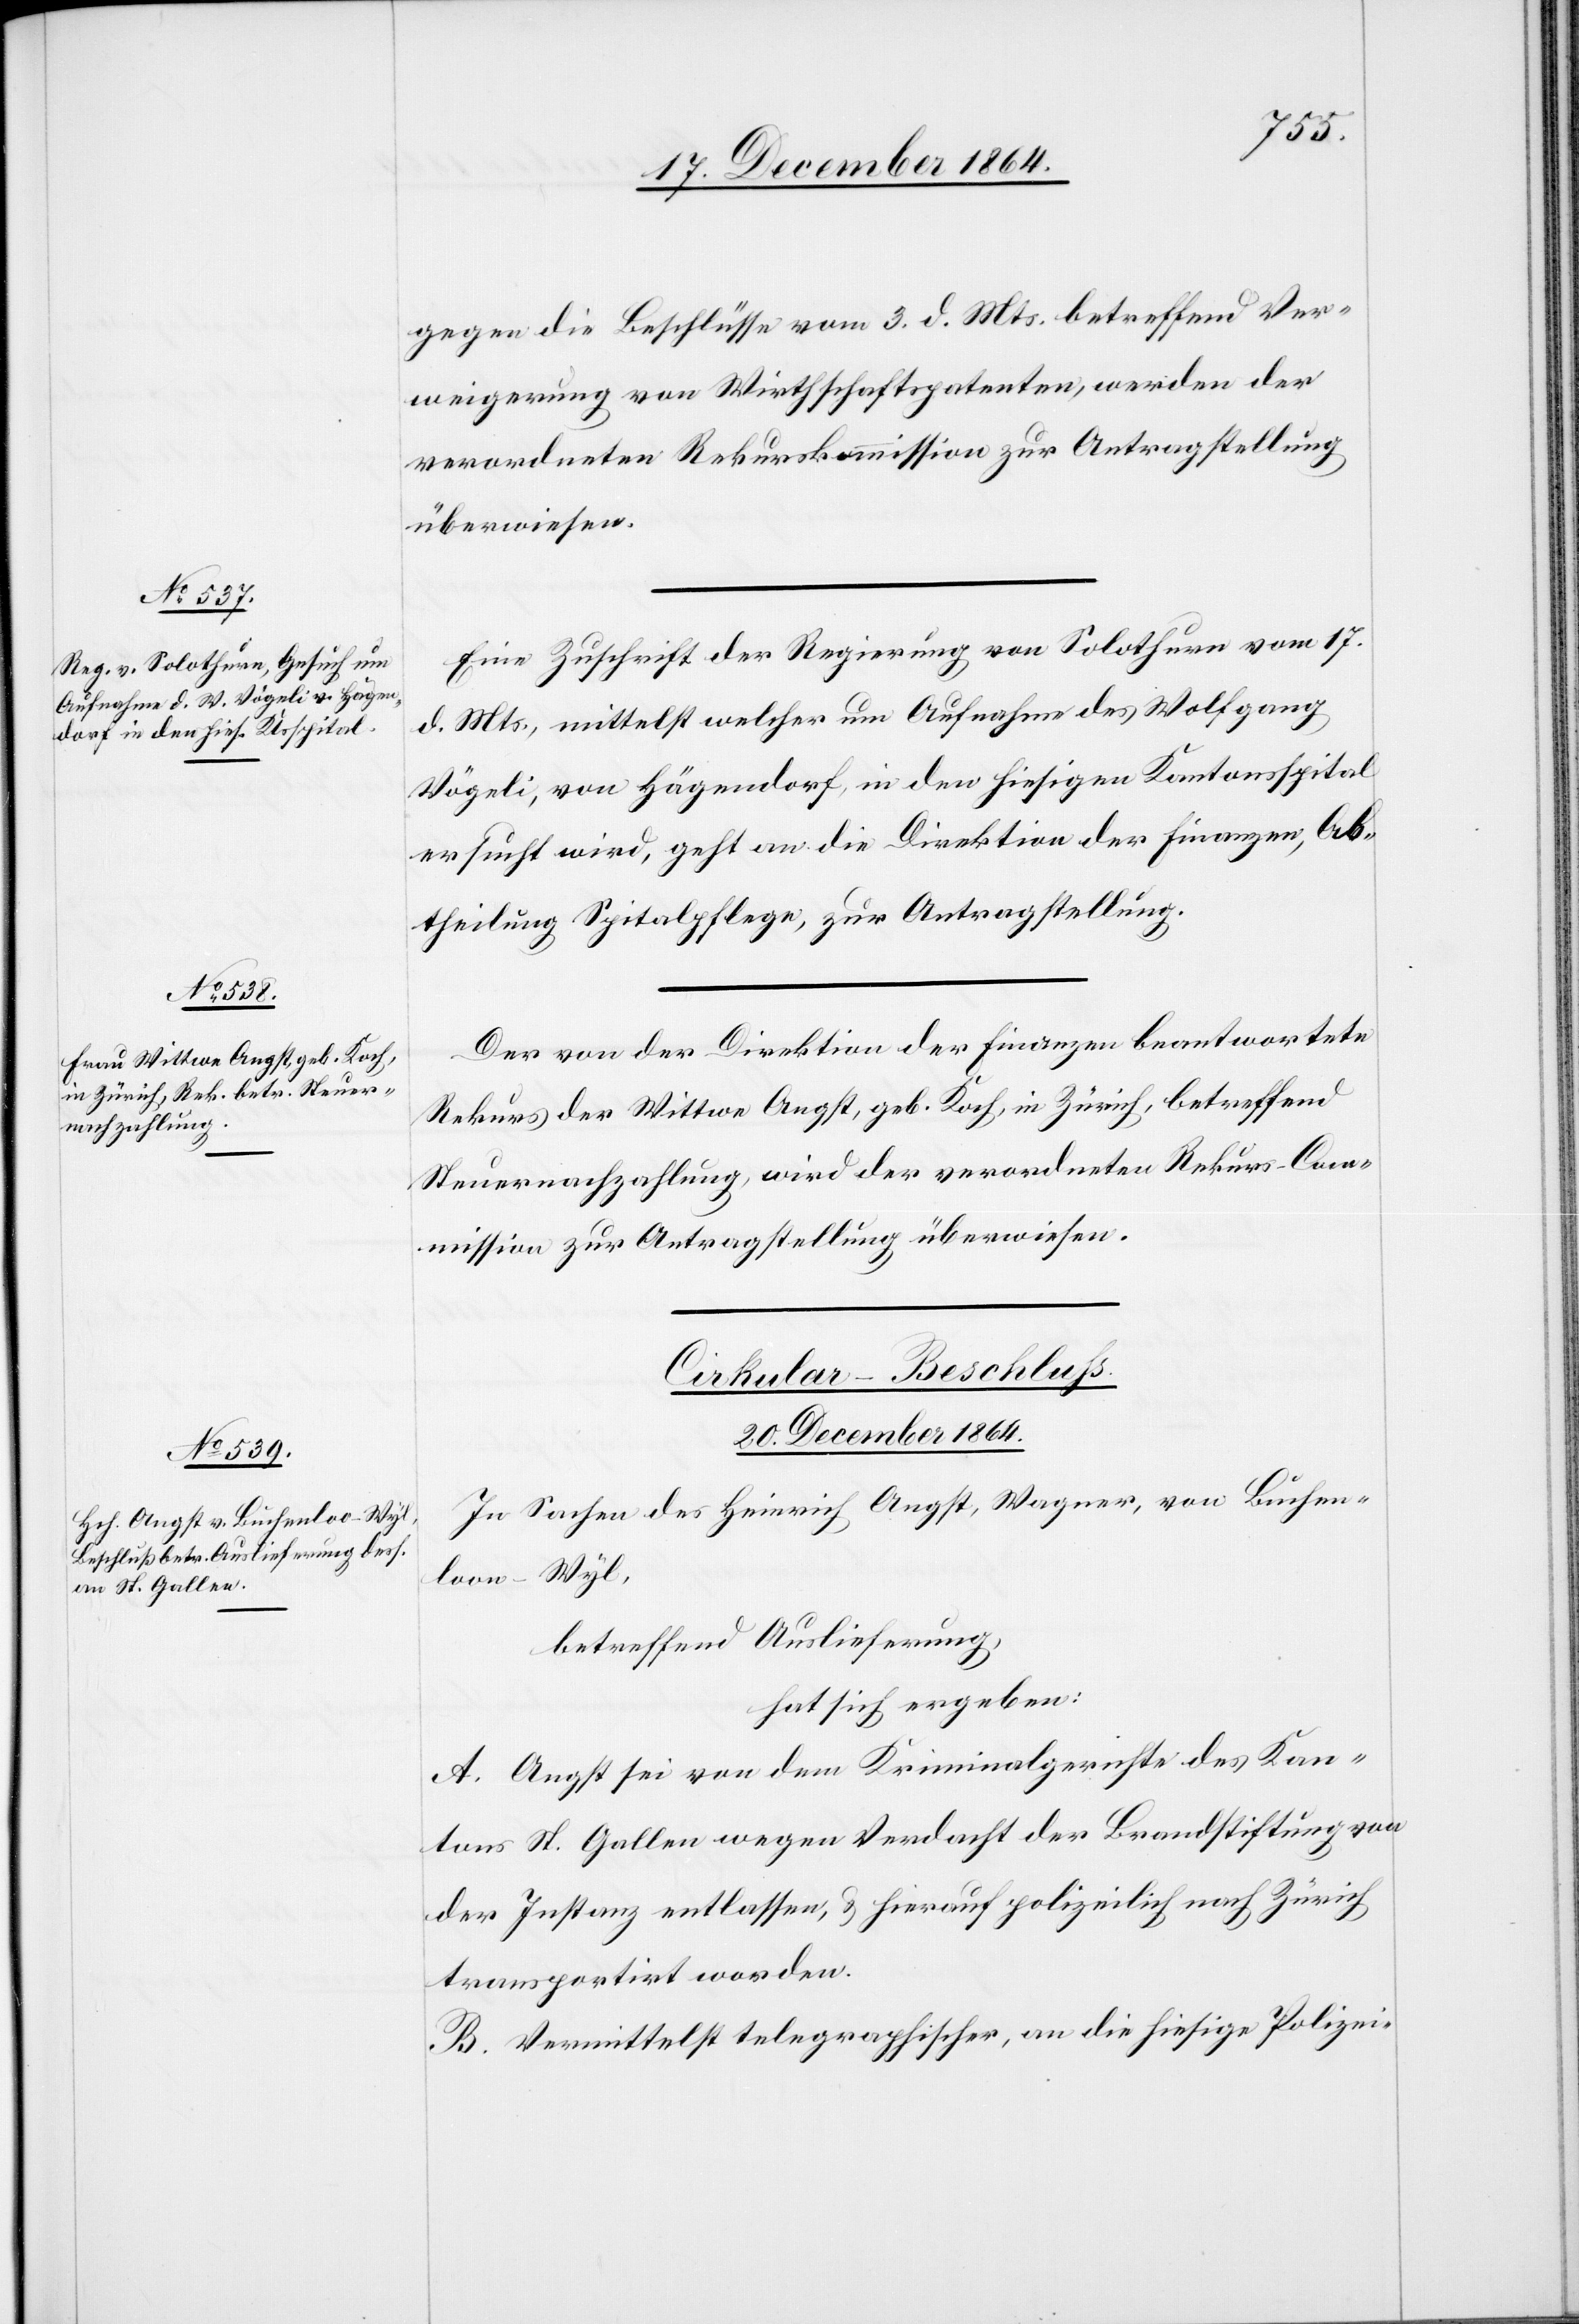
20. December 1864.
gegen die Beschlüsse vom 3. d. Mts. betreffend Ver¬
weigerung von Wirthschaftspatenten, werden der
verordneten Rekurskommission zur Antragstellung
überwiesen.
Eine Zuschrift der Regierung von Solothurn vom 17.
d. Mts., mittelst welcher um Aufnahme des Wolfgang
Nägeli, von Hägendorf, in den hiesigen Kantonsspital
ersucht wird, geht an die Direktion der Finanzen, Ab¬
theilung Spitalpflege, zur Antragstellung.
Der von der Direktion der Finanzen beantwortete
Rekurs der Wittwe Angst, geb. Koch, in Zürich, betreffend
Steuernachzahlung, wird der verordneten Rekurs-Com¬
mission zur Antragstellung überwiesen.
Cirkular-Beschluß.
In Sachen des Heinrich Angst, Wagner, von Buchen¬
loo - Wyl,
betreffend Auslieferung,
hat sich ergeben:
A. Angst sei von dem Kriminalgerichte des Kan¬
tons St. Gallen wegen Verdacht der Brandstiftung von
der Instanz entlassen, & hierauf polizeilich nach Zürich
transportirt worden.
B. Vermittelst telegraphischer, an die hiesige Polizei-